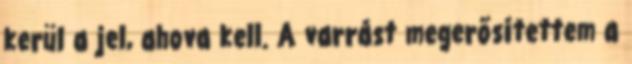
kerül a jel, ahova kell. A varrást megerősítettem a